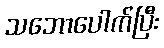
သဘောပေါက်ပြီး